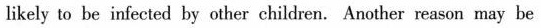
likely to be infected by other children. Another reason may be